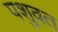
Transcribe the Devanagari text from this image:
पशुवत